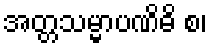
အတ္တသမ္မာပဏိဓိ စ၊